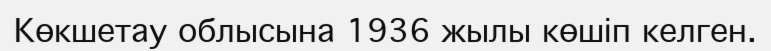
Көкшетау облысына 1936 жылы көшіп келген.